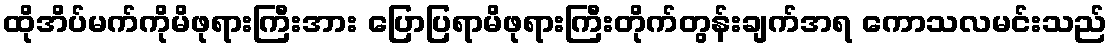
ထိုအိပ်မက်ကိုမိဖုရားကြီးအား ပြောပြရာမိဖုရားကြီးတိုက်တွန်းချက်အရ ကောသလမင်းသည်